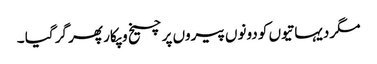
مگر دیہاتیوں کو دونوں پیروں پر چیخ و پکار پھر گر گیا ۔